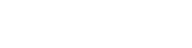
ထွက်ပြေးနေရသည့်